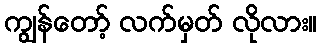
ကျွန်တော့် လက်မှတ် လိုလား။